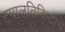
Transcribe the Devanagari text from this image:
टपालतिकिटाचे